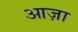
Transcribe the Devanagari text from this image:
आज़ा